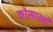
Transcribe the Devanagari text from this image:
कोसाम्बी